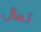
تعال